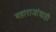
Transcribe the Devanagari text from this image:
महाराजांचाही